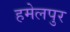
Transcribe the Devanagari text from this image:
हमेलपुर